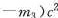
- m _ { 3 } ) c ^ { 2 }$$